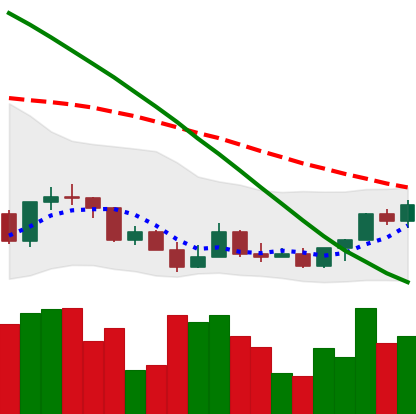
Ticker: LINK-USD
Chart end date: 2022-03-18
Forward return: 5.135%
Label: up_5_7